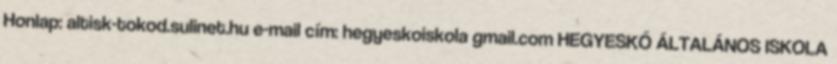
Honlap: altisk-tokod.sulinet.hu e-mail cím: hegyeskoiskola gmail.com HEGYESKŐ ÁLTALÁNOS ISKOLA